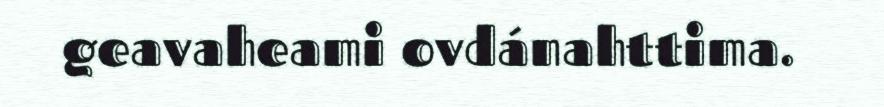
geavaheami ovdánahttima.